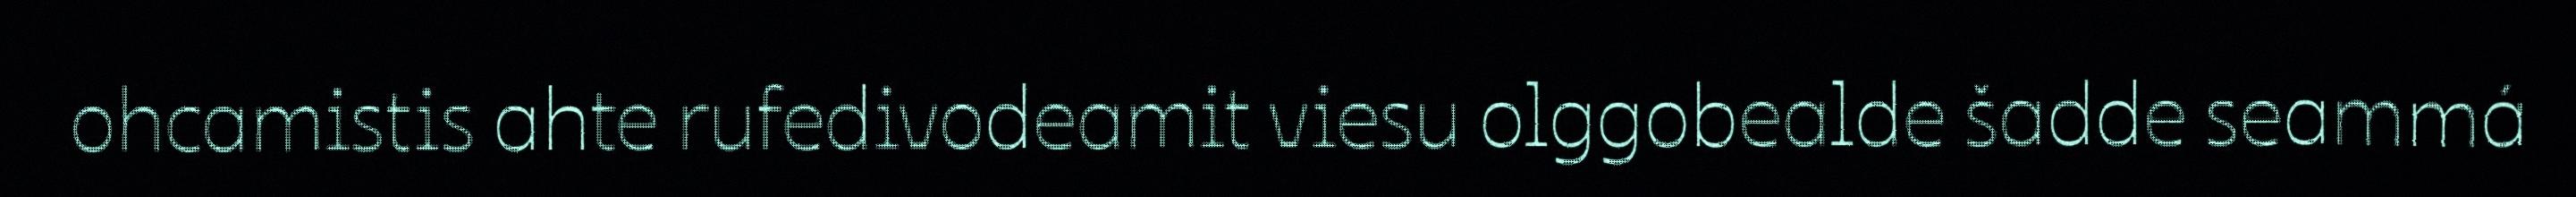
ohcamistis ahte rufedivodeamit viesu olggobealde šadde seammá